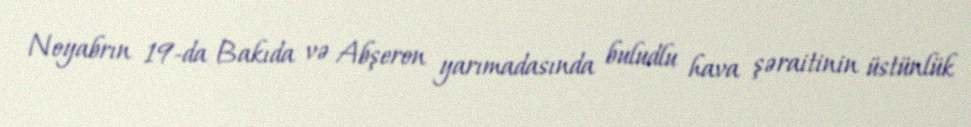
Noyabrın 19-da Bakıda və Abşeron yarımadasında buludlu hava şəraitinin üstünlük